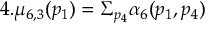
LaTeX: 4 . \mu _ { 6 , 3 } ( p _ { 1 } ) = \Sigma _ { p _ { 4 } } \alpha _ { 6 } ( p _ { 1 } , p _ { 4 } )